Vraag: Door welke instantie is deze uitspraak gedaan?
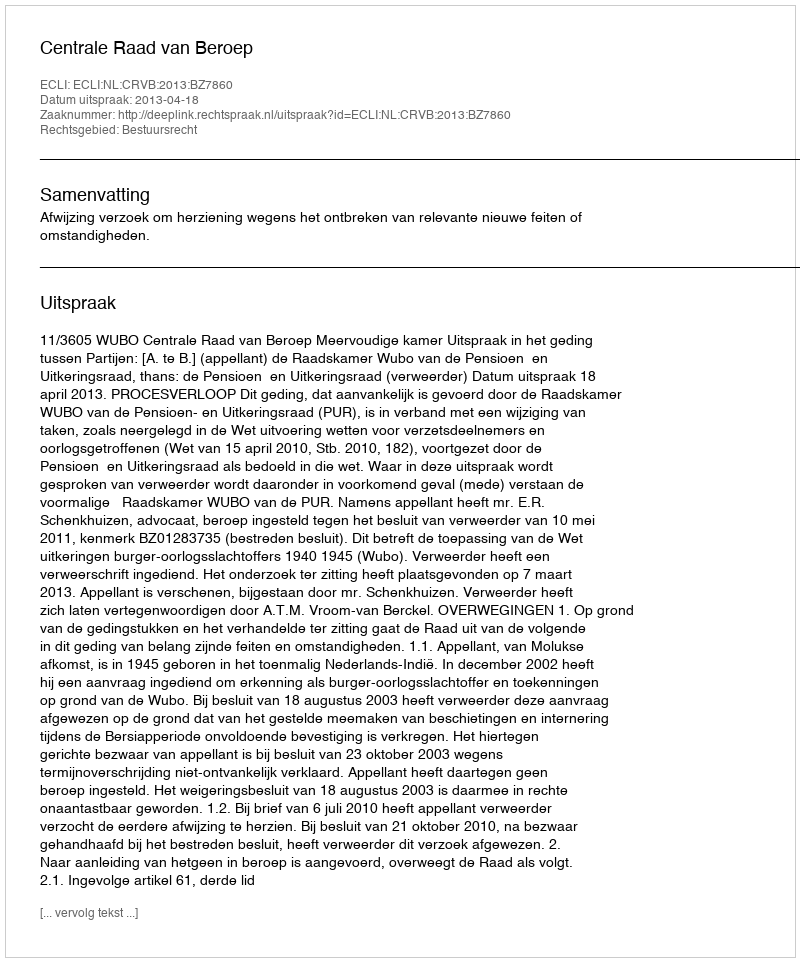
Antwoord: Centrale Raad van Beroep